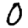
Digit: 0